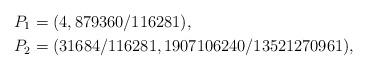
LaTeX: \begin{align*}P_1&=(4, 879360/116281), \\P_2&=(31684/116281, 1907106240/13521270961),\end{align*}